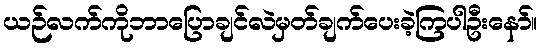
ယဉ်လက်ကိုဘာပြောချင်လဲမှတ်ချက်ပေးခဲ့ကြပါဦးနော်။